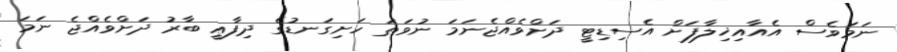
ނަމަވެސް އެއާއިޚިލާފަށް އެސިޑިޓީ ދަށްވެއްޖެނަމަ ނުވަތަ ހަށިގަނޑުގެ ދިފާޢީ ބާރު ދަށްވެއްޖެ ނަމަ